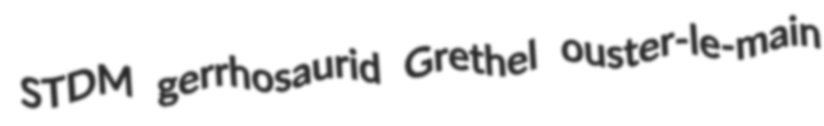
STDM gerrhosaurid Grethel ouster-le-main